Mediterranean fever in India - Number 22
Disease focus: Fever
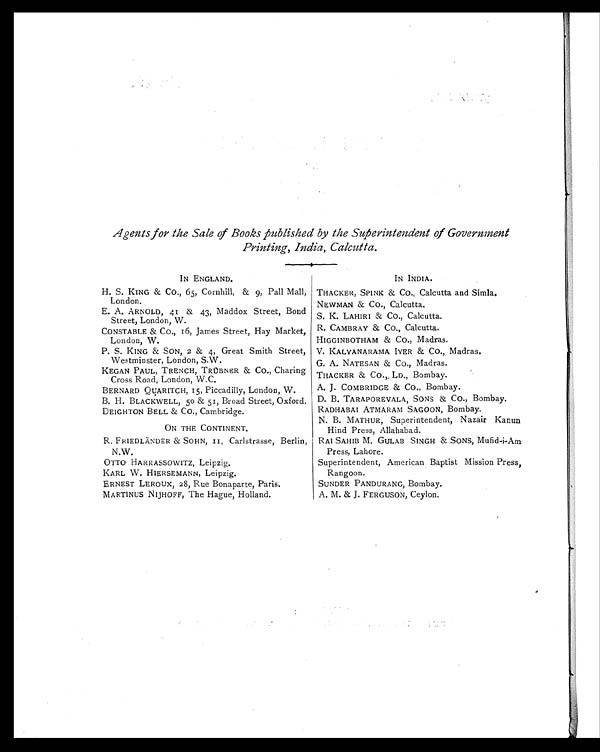
Agents for the Sale of Books published by the Superintendent of Government
Printing, India, Calcutta.
IN ENGLAND.
IN INDIA.
H. S. KING & Co., 65, Cornhill, & 9, Pall Mall,
London.
THACKER, SPINK & Co., Calcutta and Simla.
NEWMAN & CO., Calcutta.
E. A. ARNOLD, 41 & 43, Maddox Street, Bond
Street, London, W.
S. K. LAHIRI & CO., Calcutta.
CONSTABLE & CO., 16, James Street, Hay Market,
London, W.
R. CAMBRAY & CO., Calcutta.
HIGGINBOTHAM & CO., Madras.
P. S. KING & SON, 2 & 4, Great Smith Street,
Westminster, London, S.W.
V. KALYANARAMA IYER & Co., Madras.
G. A. NATESAN & Co., Madras.
KEGAN PAUL, TRENCH, TRÜBNER & CO., Charing
Cross Road, London, W.C.
TRACKER
& CO., LD., Bombay.
BERNARD QUARITCH, 15, Piccadilly, London, W.
A. J. COMBRIDGE & CO., Bombay.
B. H. BLACKWELL, 50 & 51, Broad Street, Oxford. D. B. TARAPOREVALA, SONS & CO., Bombay.
DEIGHTON BELL & CO., Cambridge.
RADHABAI ATMARAM SAGOON, Bombay.
ON THE CONTINENT.
N. B. MATHUR, Superintendent, Nazair Kanun
Hind Press, Allahabad.
R. FRIEDLÄNDER & SOHN, 11, Carlstrasse, Berlin,
N.W.
RAI SAHIB M. GULAB SINGH & SONS, Mufid-i-Am
Press, Lahore.
OTTO HARRASSOWITZ, Leipzig.
Superintendent, American Baptist Mission Press,
Rangoon.
KARL W. HIERSEMANN, Leipzig.
ERNEST LEROUX, 28, Rue Bonaparte, Paris.
SUNDER PANDURANG, Bombay.
MARTINUS NIJHOFF, The Hague, Holland.
A. M. & J. FERGUSON, Ceylon.